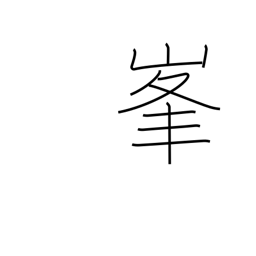
Meaning: peak